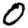
Digit: 0